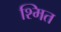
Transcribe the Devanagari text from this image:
श्मित